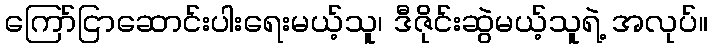
ကြော်ငြာဆောင်းပါးရေးမယ့်သူ၊ ဒီဇိုင်းဆွဲမယ့်သူရဲ့ အလုပ်။